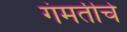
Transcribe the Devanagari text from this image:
गंमतीचे